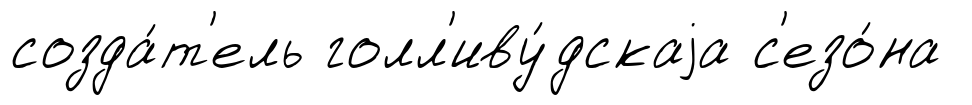
созда́т'ель голл'иву́дскаjа с'езо́на